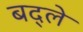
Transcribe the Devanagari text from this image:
बद्ले